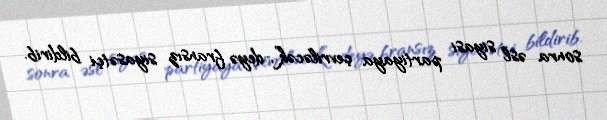
sonra əsl siyasi partiyaya çevriləcək”,-deyə fransız siyasətçi bildirib.